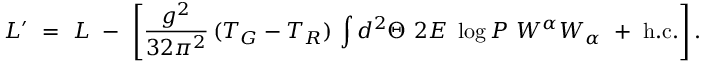
{ \cal L } ^ { \prime } \ = \ { \cal L } \ - \ \left[ \frac { g ^ { 2 } } { 3 2 \pi ^ { 2 } } \, ( T _ { G } - T _ { R } ) \, \int d ^ { 2 } \Theta ~ 2 { \cal E } ~ \log P ~ W ^ { \alpha } W _ { \alpha } \ + \ \mathrm { h . c . } \right] .